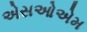
એસઓએમ